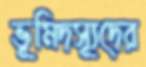
ভূমিদস্যূদের